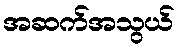
အဆက်အသွယ်